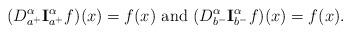
LaTeX: \begin{align*}(D_{a^+}^{\alpha} {\bf I}_{a^+}^{\alpha}f)(x)=f(x) \ \textrm{and} \ (D _{b^-}^{\alpha} {\bf I}_{b^-}^{\alpha} f)(x) = f(x).\end{align*}